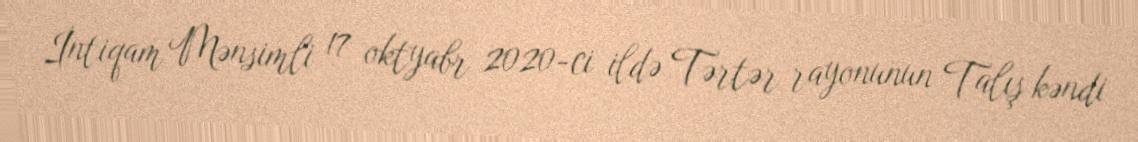
İntiqam Mənsimli 17 oktyabr 2020-ci ildə Tərtər rayonunun Talış kəndi